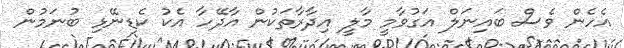
އެހެން ވެސް ބައިނަލް އަގުވާމީ މާލީ އިދާރާތަކުން އާދޭހާ އެކު ކެޑިނޭޅި ބުނަމުން